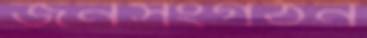
জনসংগঠন